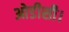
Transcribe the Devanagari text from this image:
ओडीसी।